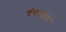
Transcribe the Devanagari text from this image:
बंगभाषा